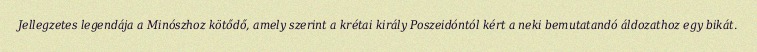
Jellegzetes legendája a Minószhoz kötődő, amely szerint a krétai király Poszeidóntól kért a neki bemutatandó áldozathoz egy bikát.